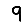
Digit: 9